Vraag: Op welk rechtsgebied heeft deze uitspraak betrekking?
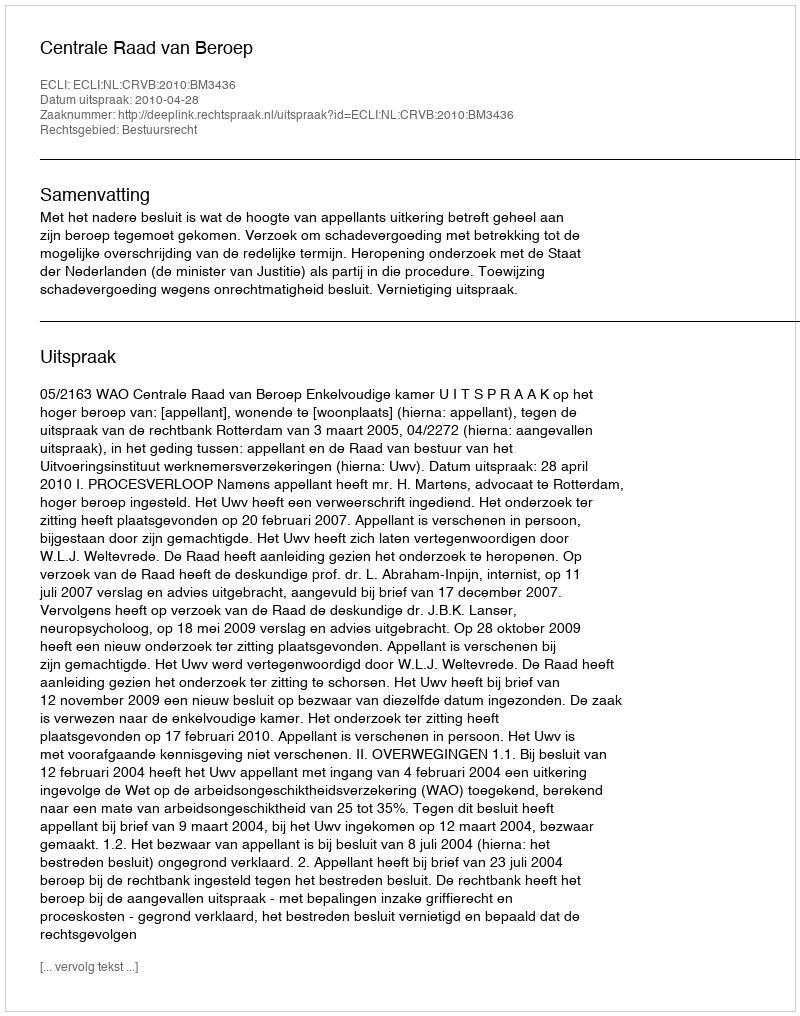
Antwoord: Bestuursrecht